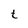
Character: t